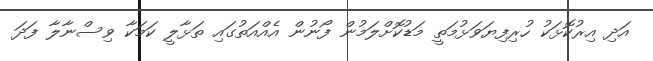
އަދި އިރުކޮޅަކު ހުރިފިޔަވަޅުމަތީ މަޑުކޮށްލަމުން ފޯނުން އެއްއަތުގައި ތަޅާލީ ކަމަކާ ވިސްނާލާ ފަދަ